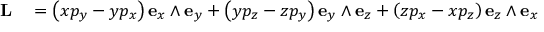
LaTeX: \begin{array} { r l } { \mathbf { L } } & { { } = \left( x p _ { y } - y p _ { x } \right) \mathbf { e } _ { x } \wedge \mathbf { e } _ { y } + \left( y p _ { z } - z p _ { y } \right) \mathbf { e } _ { y } \wedge \mathbf { e } _ { z } + \left( z p _ { x } - x p _ { z } \right) \mathbf { e } _ { z } \wedge \mathbf { e } _ { x } } \end{array}